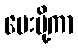
ပေးပို့ကာ